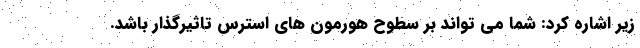
زیر اشاره کرد: شما می تواند بر سطوح هورمون های استرس تاثیرگذار باشد.